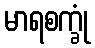
မာရစက္ခုံ